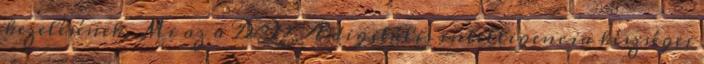
kezelésének, Mi az a DQ? A digitális intelligencia készségei